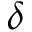
\delta